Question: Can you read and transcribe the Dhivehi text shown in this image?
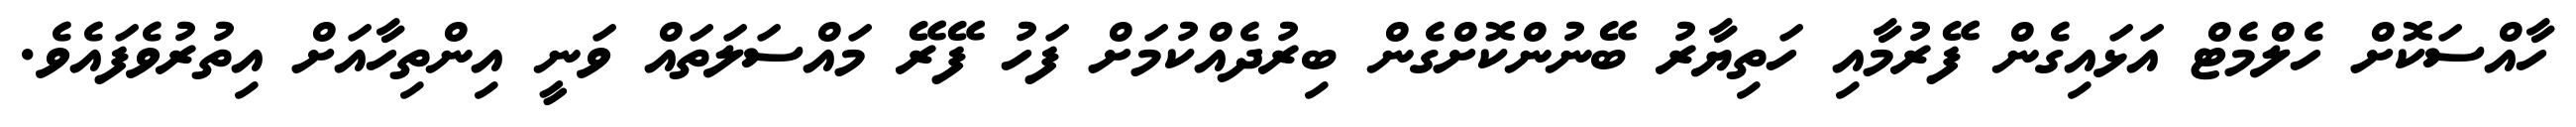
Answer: ހާއްސަކޮށް ހެލްމެޓް އަޅައިގެން ފޭރުމާއި ހަތިޔާރު ބޭނުންކޮށްގެން ބިރުދެއްކުމަށް ފަހު ފޭރޭ މައްސަލަތައް ވަނީ އިންތިހާއަށް އިތުރުވެފައެވެ.